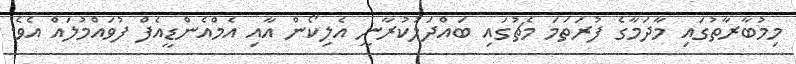
މިމުބާރާތުގައި މާދަމާގެ ފުރަތަމަ މެޗުގައި ބައްދަލުކުރާނީ އެލިކޯން އާއި އެމްއެންޑީއެފް ފުވައްމުލައް އެވެ.